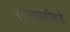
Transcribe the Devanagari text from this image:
रस्त्यापलीकडे